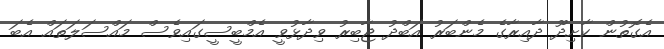
އެގޮތުން ކާށިދޫ ދާއިރާގެ މެންބަރު އަބްދު ޖާބިރު ވިދާޅުވީ އެމްބީސީގައިވެސް މައްސަލަތައް އެބަ